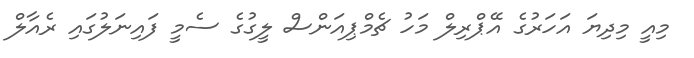
މިއީ މިދިޔަ އަހަރުގެ އޭޕްރިލް މަހު ޗެމްޕިއަންސް ލީގުގެ ސެމީ ފައިނަލުގައި ރެއާލް